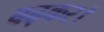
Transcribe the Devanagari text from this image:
बढ़कर।